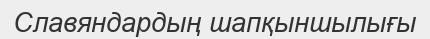
Славяндардың шапқыншылығы